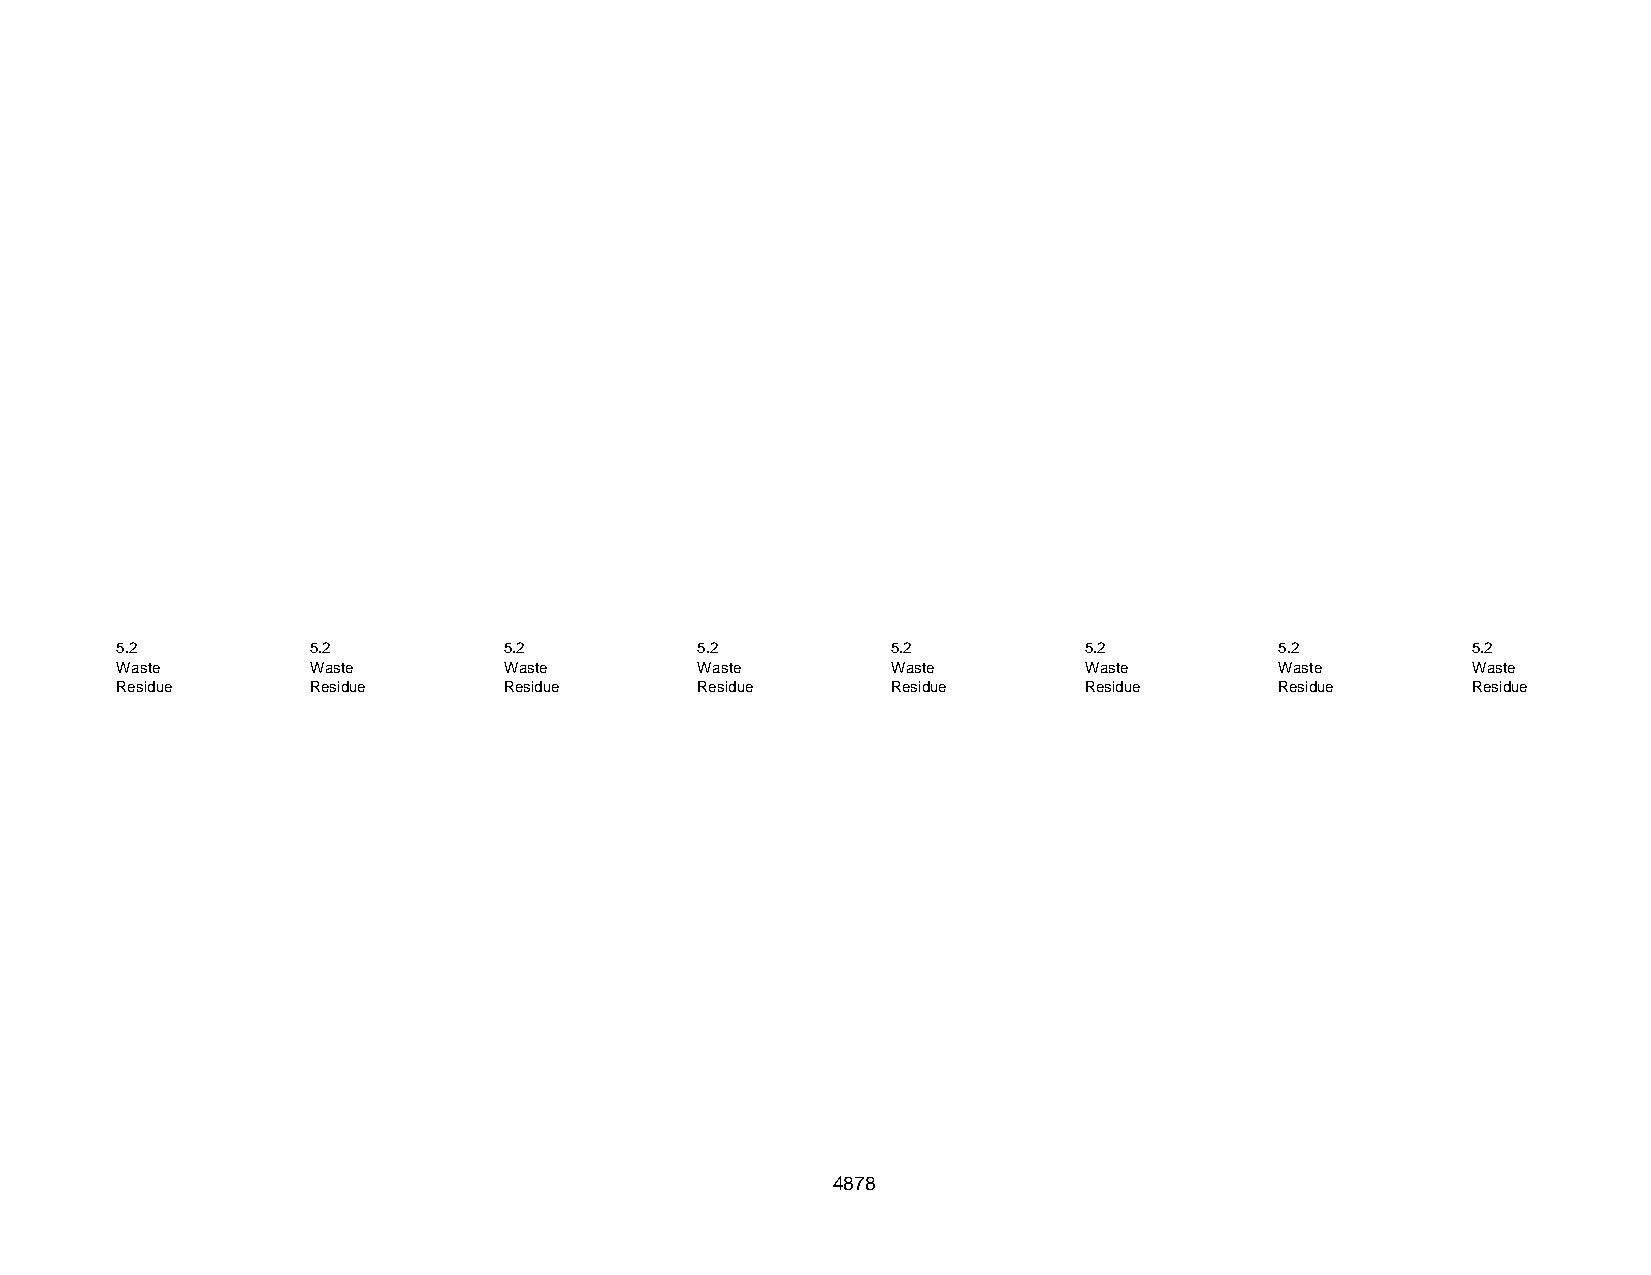
5.2          5.2         5.2          5.2          5.2          5.2          5.2         5.2
 Waste        Waste       Waste        Waste        Waste        Waste        Waste       Waste
 Residue      Residue     Residue      Residue      Residue      Residue      Residue     Residue
 4878